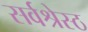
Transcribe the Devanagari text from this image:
सर्वश्रेस्ठ